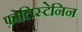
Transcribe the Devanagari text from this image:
फ़ोलिस्टेनिन